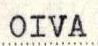
OIVA